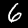
Label: 6